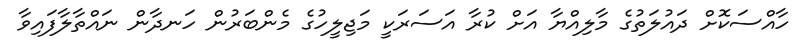
ހާއްސަކޮށް ދައުލަތުގެ މާލިއްޔާ އަށް ކުރާ އަސަރަކީ މަޖިލީހުގެ މެންބަރުން ހަނދާން ނައްތާލާފައިވާ